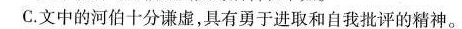
C.文中的河伯十分谦虚，具有勇于进取和自我批评的精神。